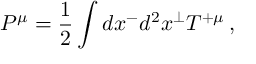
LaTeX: P ^ { \mu } = { \frac { 1 } { 2 } } \int d x ^ { - } d ^ { 2 } x ^ { \perp } T ^ { + \mu } \, ,